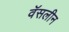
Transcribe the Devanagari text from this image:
वॅसलीन